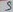
Text: 5